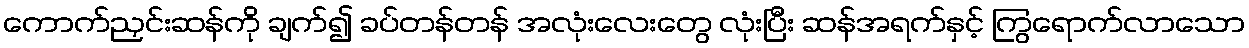
ကောက်ညှင်းဆန်ကို ချက်၍ ခပ်တန်တန် အလုံးလေးတွေ လုံးပြီး ဆန်အရက်နှင့် ကြွရောက်လာသော